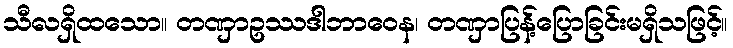
သီလရှိထသော။ တဏှာဥဿဒါဘာဝေန၊ တဏှာပြန့်ပြောခြင်းမရှိသဖြင့်။